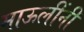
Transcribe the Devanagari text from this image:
माऊलींनी